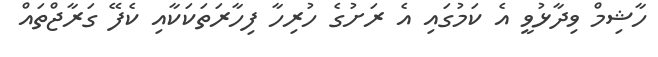
ހާޝިމް ވިދާޅުވީ އެ ކަމުގައި އެ ރަށުގެ ހުރިހާ ފިހާރަތަކަކާއި ކެފޭ ގަރާޖްތައް